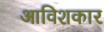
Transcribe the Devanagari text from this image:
आविशकार